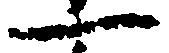
一